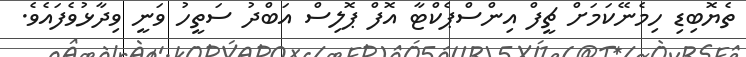
ތެޔޮބިޑި ހިމެނޭކަމަށް ޗީފް އިންސްޕެކްޓާ އޮފް ޕޮލިސް އަބްދު ސަތީހު ވަނީ ވިދާޅުވެފައެވެ.